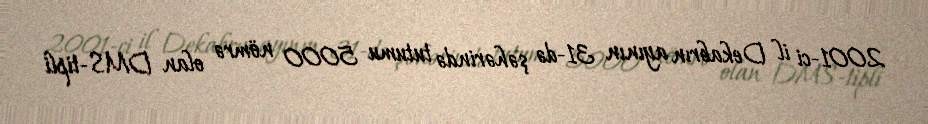
2001-ci il Dekabrın ayının 31-də şəhərində tutumu 5000 nömrə olan DMS-tipli